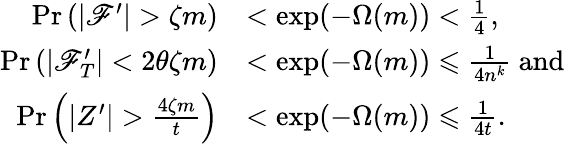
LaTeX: \begin{array}{rl}{\operatorname*{Pr}\left(|\mathscr{F}^{\prime}|>\zeta m\right)}&{<\exp(-\Omega(m))<\frac{1}{4},}\\ {\operatorname*{Pr}\left(|\mathscr{F}_{T}^{\prime}|<2\theta\zeta m\right)}&{<\exp(-\Omega(m))\leqslant\frac{1}{4n^{k}}\mathrm{~and~}}\\ {\operatorname*{Pr}\left(|Z^{\prime}|>\frac{4\zeta m}{t}\right)}&{<\exp(-\Omega(m))\leqslant\frac{1}{4t}.}\end{array}